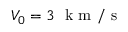
V _ { 0 } = 3 ~ \mathrm { ~ k ~ m ~ } / \mathrm { ~ s ~ }